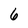
Character: 6